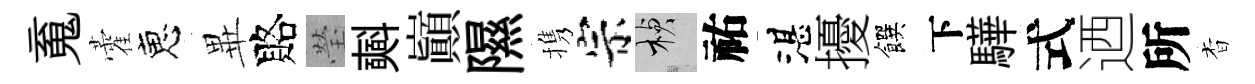
䰟藿恵𭺾賂瑩𣂏巔隰携宗楨祐湛擾饌下驊式迺所杳